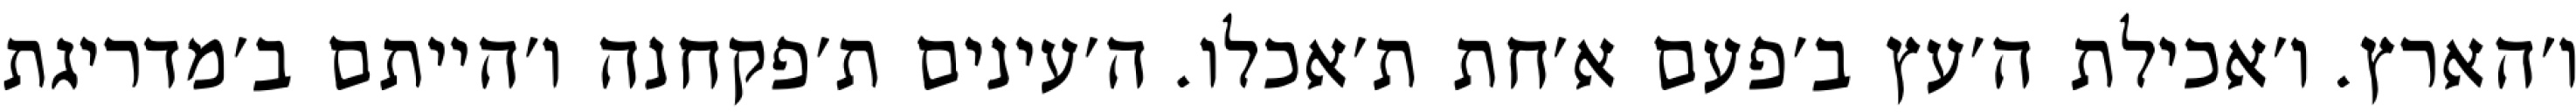
ו׳הארץ. ו׳אכילת ה׳עץ ב׳פעם א׳חת ת׳אכלו. ה׳עינים ת׳פקחנה ו׳הייתם ב׳מדריגת